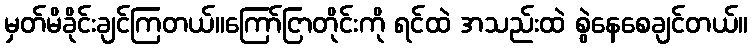
မှတ်မိခိုင်းချင်ကြတယ်။ကြော်ငြာတိုင်းကို ရင်ထဲ အသည်းထဲ စွဲနေစေချင်တယ်။